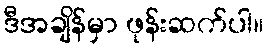
ဒီအချိန်မှာ ဖုန်းဆက်ပါ။